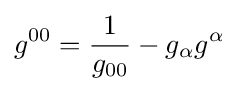
g^{00}={\frac {1}{g_{00}}}-g_{\alpha }g^{\alpha }